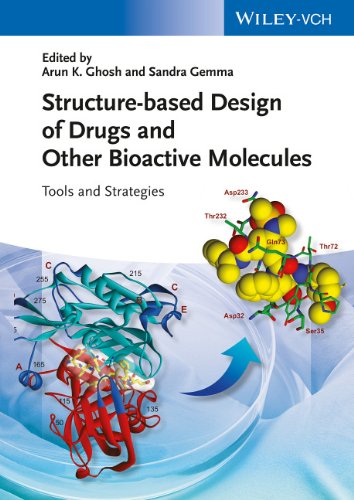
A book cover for Structure-based Design of Drugs and Other Bioactive Molecules: Tools and Strategies; Arun K. Ghosh; Medical Books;